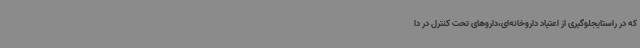
که در راستایجلوگیری از اعتیاد داروخانه‌ای،داروهای تحت کنترل در دا